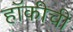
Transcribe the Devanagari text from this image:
हॉकीची